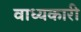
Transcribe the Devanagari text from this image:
वाध्यकारी